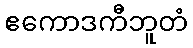
ဧကောဒကီဘူတံ